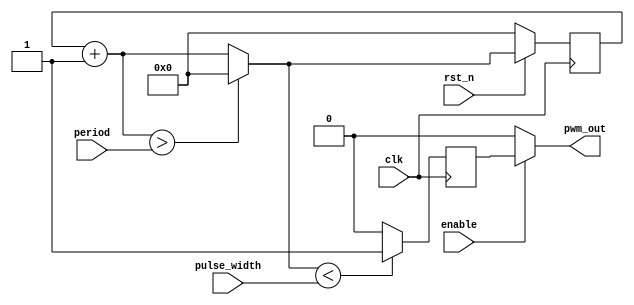
module pwm(clk, rst_n, period, pulse_width, enable, pwm_out);
parameter WIDTH = 8;
input wire clk, rst_n;
input wire[WIDTH - 1:0] period;
input wire[WIDTH - 1:0] pulse_width;
input wire enable;
output wire pwm_out;

reg[WIDTH - 1:0] ticks_d, ticks_q;
reg pwm_q, pwm_d;


always@(*)

begin

	ticks_d = ticks_q + 1'b1;

	if(ticks_d > period)

	begin

		ticks_d = 8'b0;

	end

	pwm_d = (ticks_d < pulse_width)?1'b1:1'b0;

end

always @(posedge clk)

begin

	if(!rst_n)

	begin

		ticks_q <= 8'b0;

	end

	else

	begin

		ticks_q <= ticks_d;

	end

	pwm_q <= pwm_d;

end

assign pwm_out = (enable == 1)?pwm_q:1'b0;

endmodule